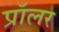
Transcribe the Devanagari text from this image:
प्रॉलर